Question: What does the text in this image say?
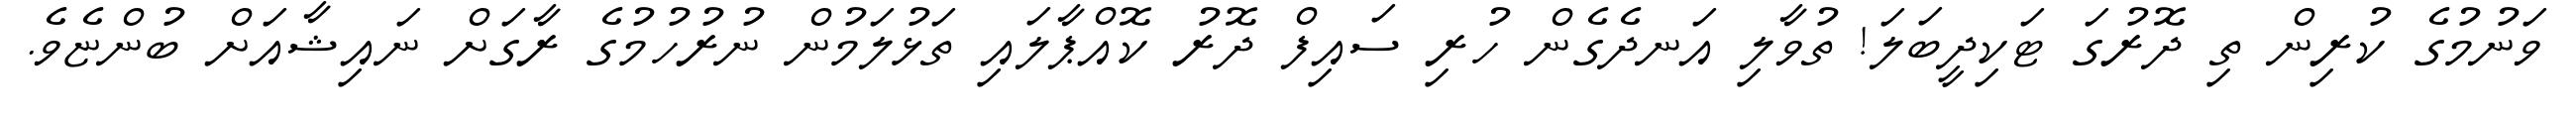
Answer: ވަނުމުގެ ކުރިން ތި ދޮރުގަ ޓަކިދީބަލަ! ތުވާލި އަނދެގެން ހުރި ސައިފް ދޮރު ކޮއްޕާލައި ތަޅުލަމުން ނުރުހުމުގެ ރާގަށް ނައިޝާއަށް ބުންޏެވެ.